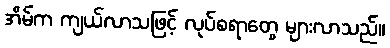
အိမ်က ကျယ်လာသဖြင့် လုပ်စရာတွေ များလာသည်။